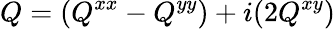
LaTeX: Q=(Q^{xx}-Q^{yy})+i(2Q^{xy})